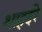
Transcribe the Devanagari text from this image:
शाहदरे